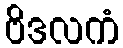
ဗိဒလကံ